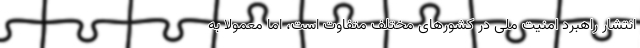
انتشار راهبرد امنیت ملی در کشورهای مختلف متفاوت است، اما معمولا به